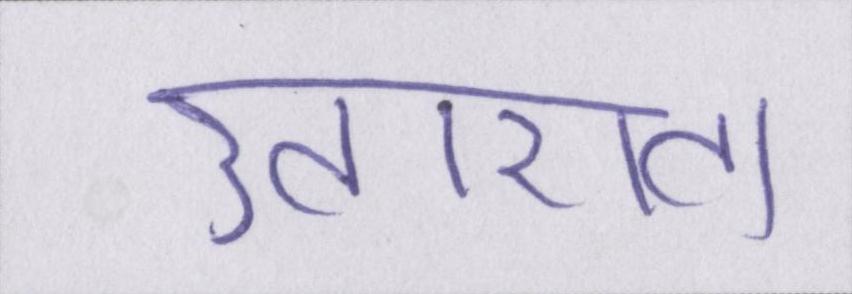
उतारता